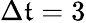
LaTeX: \Delta\mathfrak{t}=3